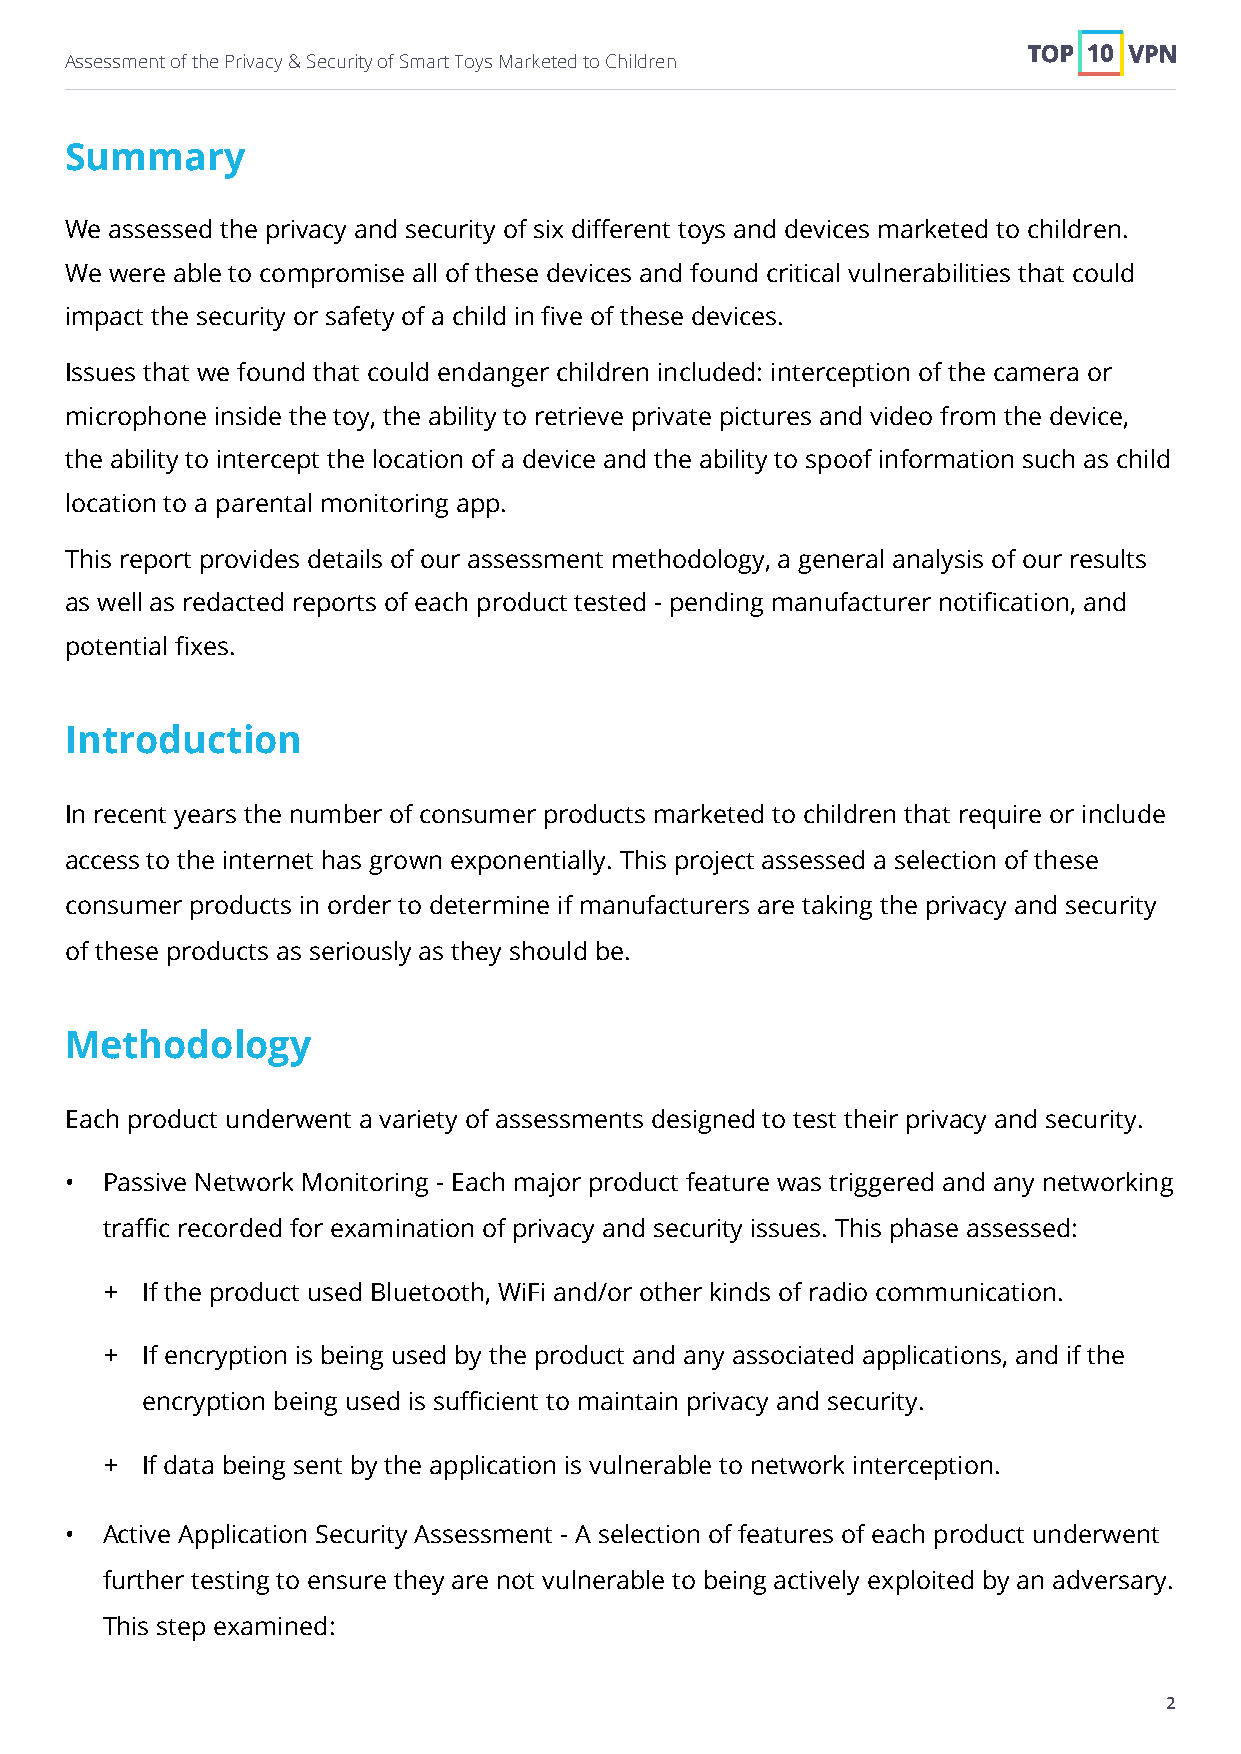
Assessment of the Privacy & Security of Smart Toys Marketed to Children
 Summary
 We assessed the privacy and security of six different toys and devices marketed to children.
 We were able to compromise all of these devices and found critical vulnerabilities that could
 impact the security or safety of a child in five of these devices.
 Issues that we found that could endanger children included: interception of the camera or
 microphone inside the toy, the ability to retrieve private pictures and video from the device,
 the ability to intercept the location of a device and the ability to spoof information such as child
 location to a parental monitoring app.
 This report provides details of our assessment methodology, a general analysis of our results
 as well as redacted reports of each product tested - pending manufacturer notification, and
 potential fixes.
 Introduction
 In recent years the number of consumer products marketed to children that require or include
 access to the internet has grown exponentially. This project assessed a selection of these
 consumer products in order to determine if manufacturers are taking the privacy and security
 of these products as seriously as they should be.
 Methodology
 Each product underwent a variety of assessments designed to test their privacy and security.
 •  Passive Network Monitoring - Each major product feature was triggered and any networking
 traffic recorded for examination of privacy and security issues. This phase assessed:
 + If the product used Bluetooth, WiFi and/or other kinds of radio communication.
 + If encryption is being used by the product and any associated applications, and if the
 encryption being used is sufficient to maintain privacy and security.
 + If data being sent by the application is vulnerable to network interception.
 •  Active Application Security Assessment - A selection of features of each product underwent
 further testing to ensure they are not vulnerable to being actively exploited by an adversary.
 This step examined:
 2